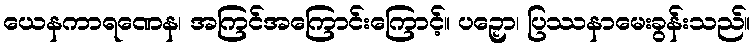
ယေနကာရဏေန၊ အကြင်အကြောင်းကြောင့်။ ပဉှော၊ ပြဿနာမေးခွန်းသည်။